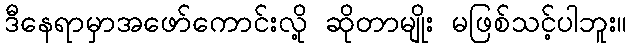
ဒီနေရာမှာအဖော်ကောင်းလို့ ဆိုတာမျိုး မဖြစ်သင့်ပါဘူး။